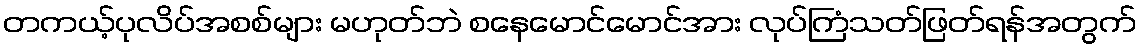
တကယ့်ပုလိပ်အစစ်များ မဟုတ်ဘဲ စနေမောင်မောင်အား လုပ်ကြံသတ်ဖြတ်ရန်အတွက်